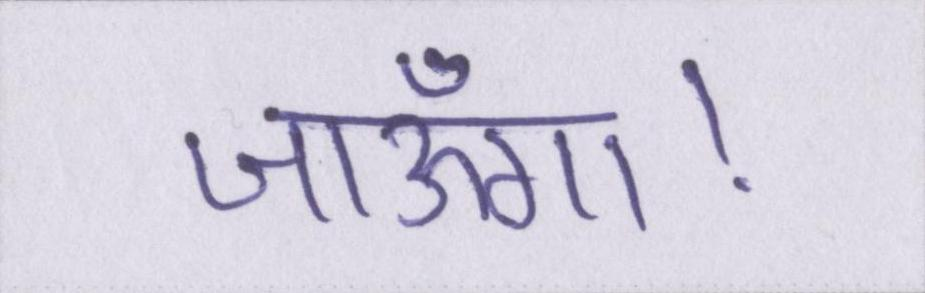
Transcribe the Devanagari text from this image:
जाऊँगा।